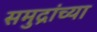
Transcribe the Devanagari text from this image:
समुद्रांच्या